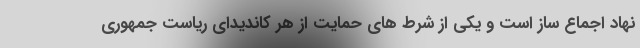
نهاد اجماع ساز است و یکی از شرط های حمایت از هر کاندیدای ریاست جمهوری